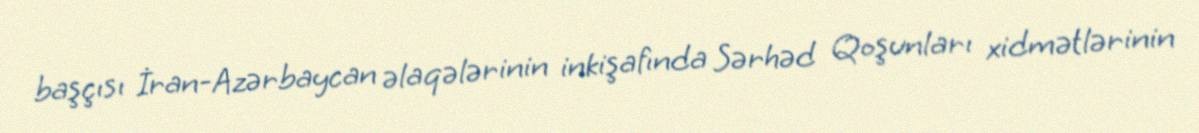
başçısı İran-Azərbaycan əlaqələrinin inkişafında Sərhəd Qoşunları xidmətlərinin